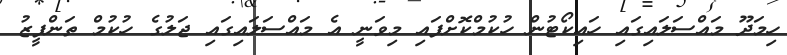
ހިމަދޫ މައްސަލައިގައި ހައިކޯޓުން ހުކުމްކޮށްފައި މިވަނީ އެ މައްސަލައިގައި ޖަލުގެ ހުކުމް ތަންފީޒު